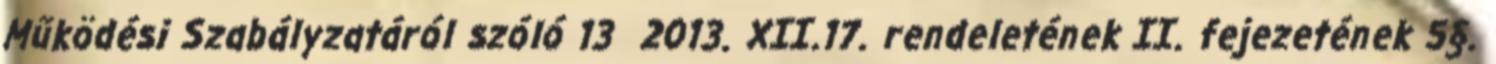
Működési Szabályzatáról szóló 13 2013. XII.17. rendeletének II. fejezetének 5§.